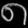
Digit: ၈